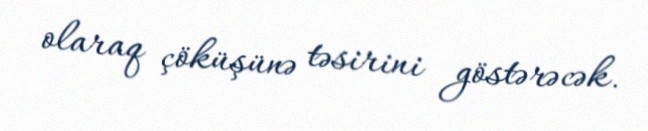
olaraq çöküşünə təsirini göstərəcək.